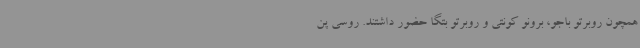
همچون روبرتو باجو، برونو کونتی و روبرتو بتگا حضور داشتند. روسی پن